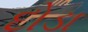
દોડા